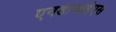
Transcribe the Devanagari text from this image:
एनडीआईएस